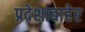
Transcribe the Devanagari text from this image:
प्रदेशाबाहेर